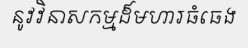
នូវវិនាសកម្មដ៏មហារធំធេង